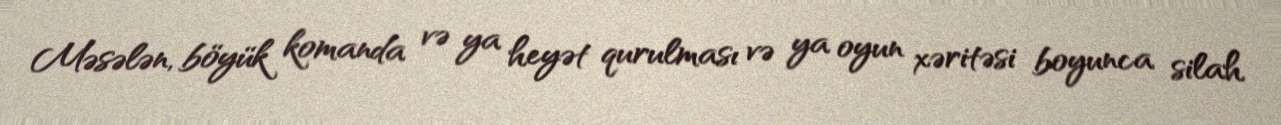
Məsələn, böyük komanda və ya heyət qurulması və ya oyun xəritəsi boyunca silah